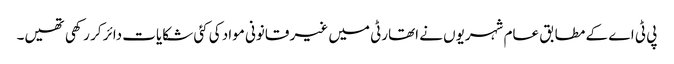
پی ٹی اے کے مطابق عام شہریوں نے اتھارٹی میں غیر قانونی مواد کی کئی شکایات دائر کر رکھی تھیں۔